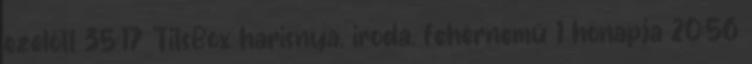
ezelőtt 35:17 TitsBox harisnya, iroda, fehérnemű 1 hónapja 20:56